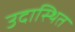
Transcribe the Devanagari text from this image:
उदास्थित